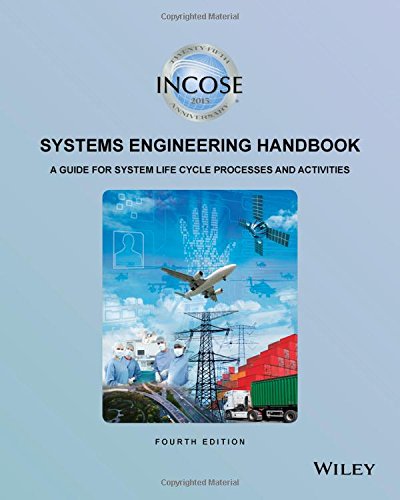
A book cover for INCOSE Systems Engineering Handbook: A Guide for System Life Cycle Processes and Activities; INCOSE; Engineering & Transportation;